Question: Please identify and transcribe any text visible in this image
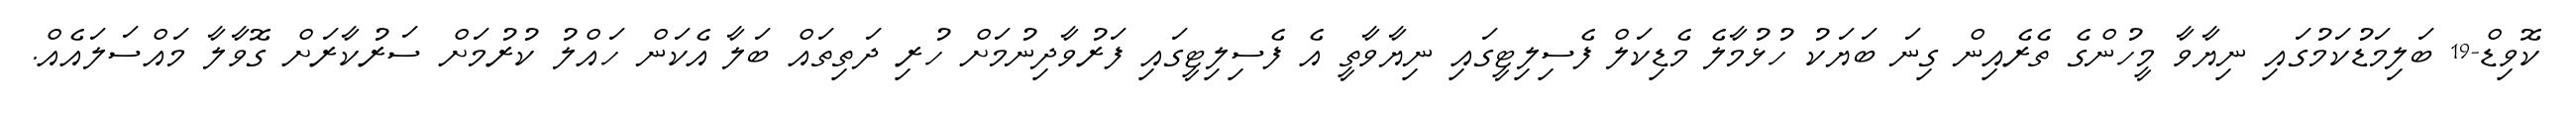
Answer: ކޮވިޑް-19 ބަލިމަޑުކަމުގައި ނިޔާވާ މީހުންގެ ތެރެއިން ގިނަ ބަޔަކު ހުޅުމާލެ މެޑިކަލް ފެސިލިޓީގައި ނިޔާވާތީ އެ ފެސިލިޓީގައި ފަރުވާދިނުމަށް ހުރި ދަތިތައް ބަލާ އެކަން ހައްލު ކުރުމަށް ސަރުކާރަށް ގޮވާލާ މައްސަލައެއް.